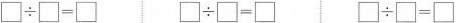
\Box \div \Box = \Box \Box \div \Box = \Box \Box \div \Box = \Box